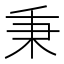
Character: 秉